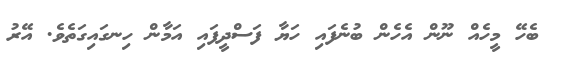
ބެހޭ މީހެއް ނޫން އެހެން ބުނެފައި ހަޔާ ފަސްދީފައި އަމާން ހިނގައިގަތެވެ. އޭރު